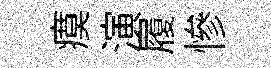
瘼演履慘